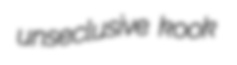
unseclusive kook